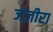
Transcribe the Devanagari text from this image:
जंज़ीरा